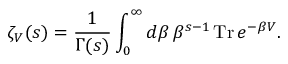
\zeta _ { \cal V } ( s ) = \frac { 1 } { \Gamma ( s ) } \int _ { 0 } ^ { \infty } d \beta \, \beta ^ { s - 1 } \, \mathrm { T r } \, e ^ { - \beta { \cal V } } .